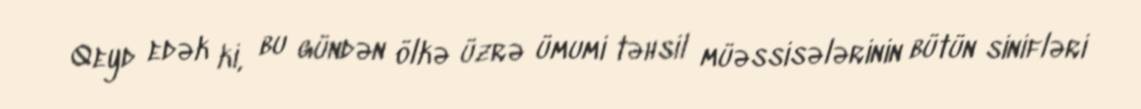
Qeyd edək ki, bu gündən ölkə üzrə ümumi təhsil müəssisələrinin bütün sinifləri